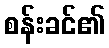
စန်းခင်၏